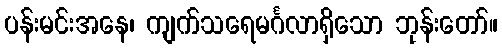
ပန်းမင်းအနေ၊ ကျက်သရေမင်္ဂလာရှိသော ဘုန်းတော်။